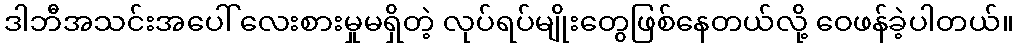
ဒါဘီအသင်းအပေါ် လေးစားမှုမရှိတဲ့ လုပ်ရပ်မျိုးတွေဖြစ်နေတယ်လို့ ဝေဖန်ခဲ့ပါတယ်။